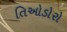
તિઓડોરો